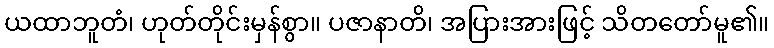
ယထာဘူတံ၊ ဟုတ်တိုင်းမှန်စွာ။ ပဇာနာတိ၊ အပြားအားဖြင့် သိတတော်မူ၏။